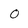
Character: O